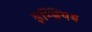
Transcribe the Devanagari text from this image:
इम्ब्रियम